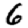
Digit: 6